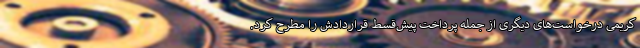
کریمی درخواست‌های دیگری از جمله پرداخت پیش‌قسط قراردادش را مطرح کرد.